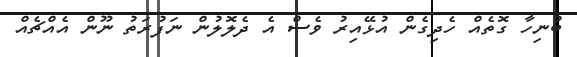
ބުނިހާ ގޮތެއް ހެދިގެން އުޅޭއިރު ވެސް އެ ދެލޮލުން ނަފުރަތު ނޫން އެއްޗެއް